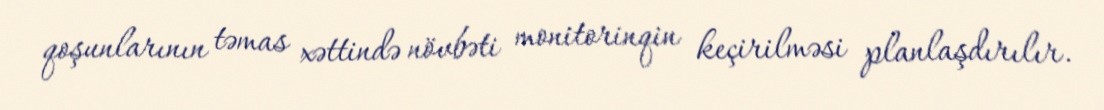
qoşunlarının təmas xəttində növbəti monitorinqin keçirilməsi planlaşdırılır.